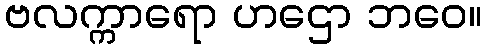
ဗလက္ကာရော ဟဌော ဘဝေ။